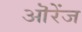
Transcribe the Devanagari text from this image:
ऒरेंज